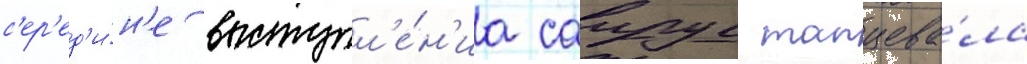
с'ер'ед'и́н'е выступл'е́н'иа саирус танцева́ла